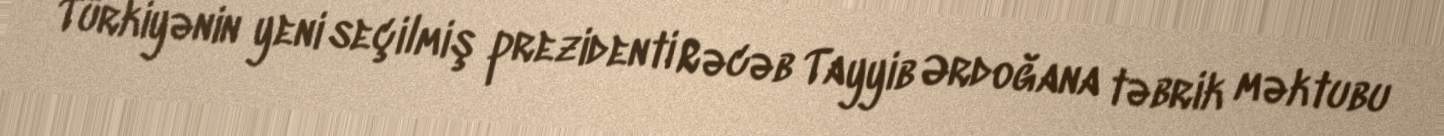
Türkiyənin yeni seçilmiş prezidenti Rəcəb Tayyib Ərdoğana təbrik məktubu